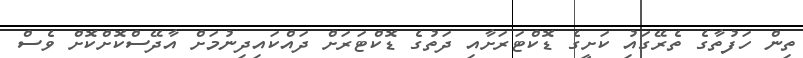
ތިން ހަފުތާގެ ތެރޭގައިު ކަށީގެ ޑޮކްޓަރަށާއި ދަތުގެ ޑޮކްޓަރަށް ދައްކައިދިނުމަށް އާދޭސްކޮށްކޮށް ވެސް